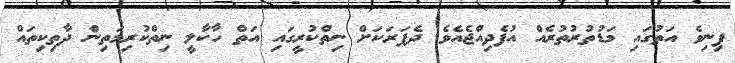
ފިނިވެ އަތުގައި މަޑުތުރުތުރެއް އުފެދިއްޖެއެވެ. ދެފަރަކަށް ނިތްކުރީގައި އަތް ހާކާލީ ނިތްކުރިމަތިން ދާތިކިތައް